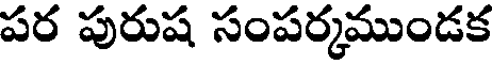
పర పురుష సంపర్కముండక